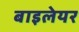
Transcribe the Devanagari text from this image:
बाइलेयर